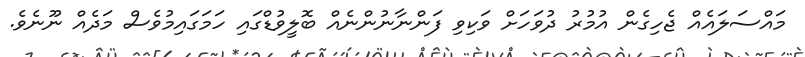
މައްސަލައެއް ޖެހިގެން އުމުރު ދުވަހަށް ވަކިވި ފަންނާނުންނެއް ބޮލީވުޑްގައި ހަމަގައިމުވެސް މަދެއް ނޫނެވެ.